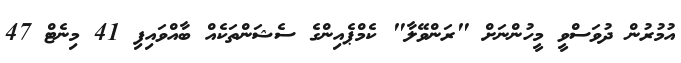
އުމުރުން ދުވަސްވީ މީހުންނަށް "ރަންވޭލާ" ކެމްޕެއިންގެ ސެޝަންތަކެއް ބާއްވައިފި 41 މިނެޓް 47